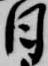
日